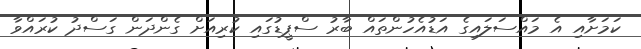
ކަމަށާއި އެ މައްސަލައިގެ އަޑުއެހުންތައް ބާރު ސްޕީޑުގައި ކުރިއަށް ގެންދަން ގަސްދު ކުރައްވާ